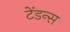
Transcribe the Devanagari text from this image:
टेंडन्स